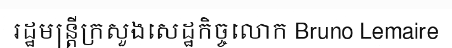
រដ្ឋមន្ត្រីក្រសួងសេដ្ឋកិច្ចលោក Bruno Lemaire